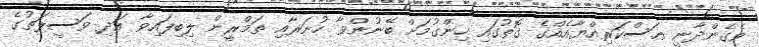
ވެގެންދާނީ ޢަސްކަރިއްޔާއެއްގެ ގޮތުގައި ހިންގުމަށް ބޭނުންވާ ހުނަރާއި ތަމްރީން ލިބިފައިވާ އަދި ވަސީލަތުގެ